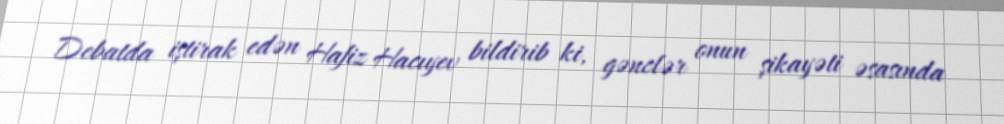
Debatda iştirak edən Hafiz Hacıyev bildirib ki, gənclər onun şikayəti əsasında